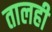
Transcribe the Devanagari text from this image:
तालही